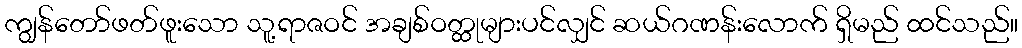
ကျွန်တော်ဖတ်ဖူးသော သူ့ရာဇဝင် အချစ်ဝတ္ထုများပင်လျှင် ဆယ်ဂဏန်းလောက် ရှိမည် ထင်သည်။